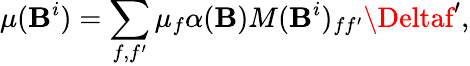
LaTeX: \mu(\mathbf{B}^{i})=\sum_{f,f^{\prime}}\mu_{f}\alpha(\mathbf{B})M(\mathbf{B}^{i})_{ff^{\prime}}\Deltaf^{\prime},